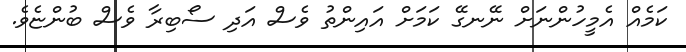
ކަމެއް އެމީހުންނަށް ނޭނގޭ ކަމަށް އައިންތު ވެސް އަދި ސޯބިރާ ވެސް ބުންޏެވެ.